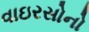
વાઇરસોનો